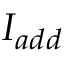
I _ { a d d }